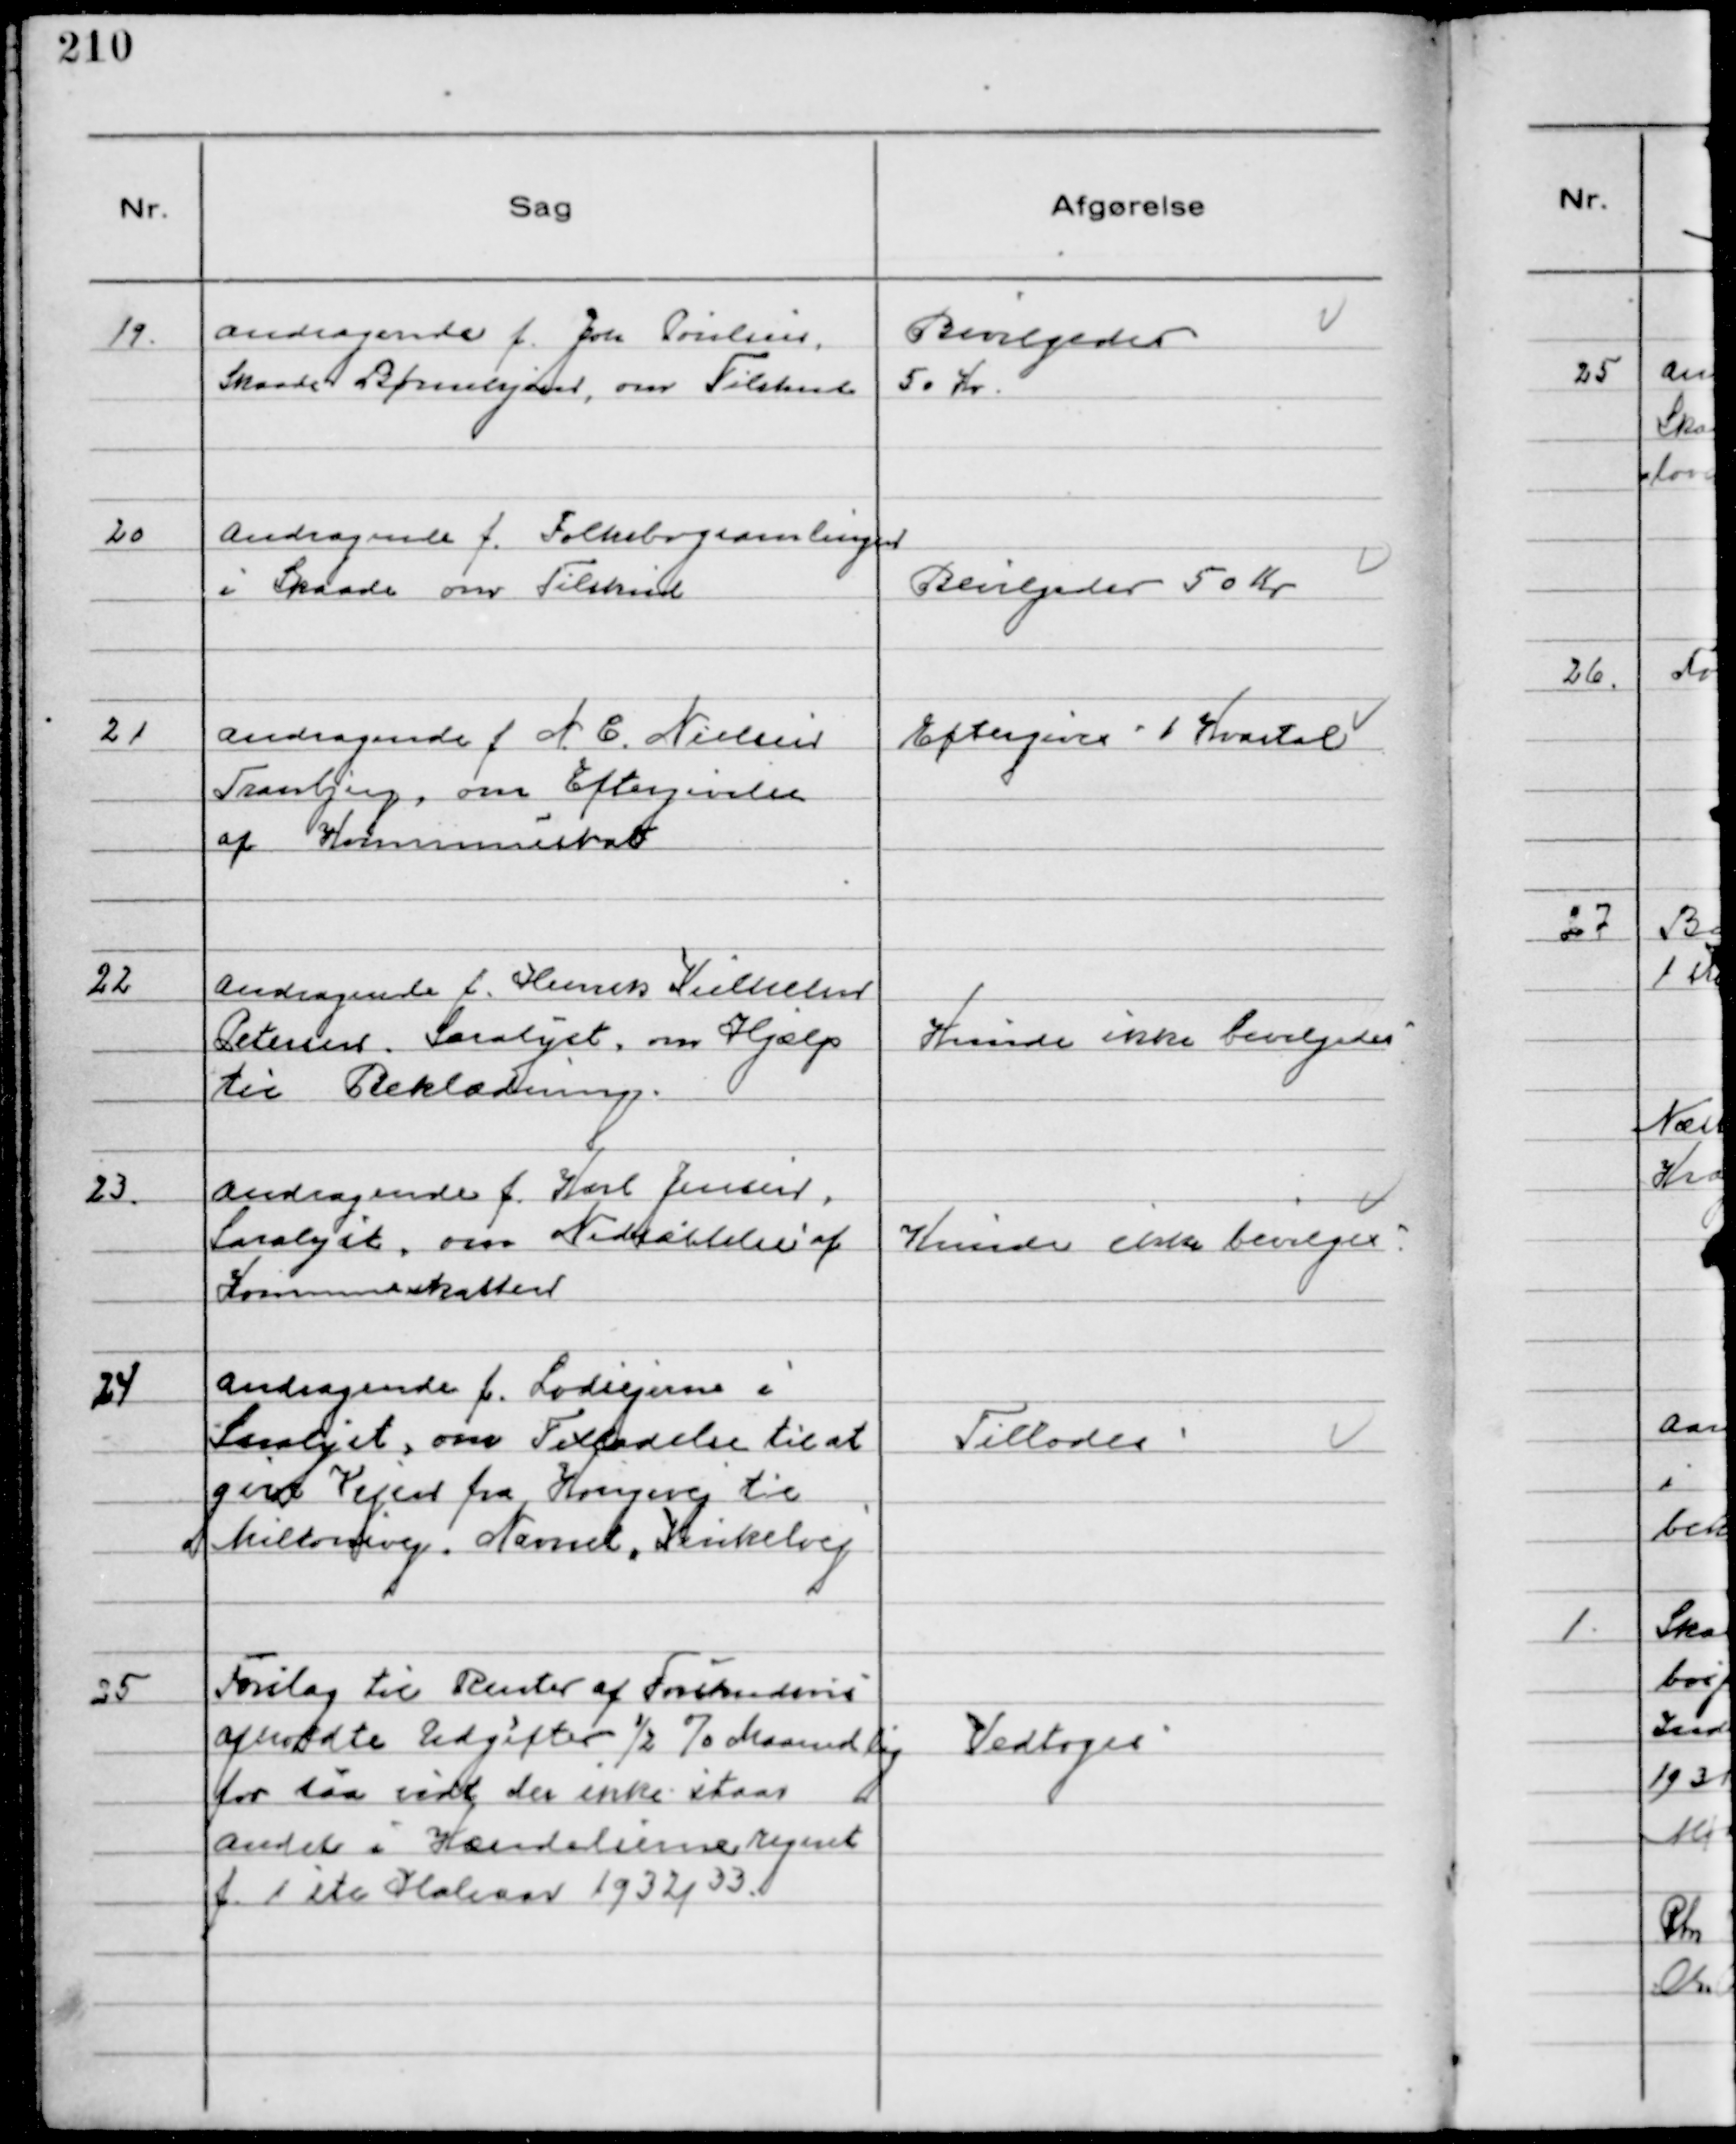
Transskription:
19.
Andragende f. Joh Poulsen
Skaade Børnehjem , om Tilskud

Bevilgedes 
50 Kr.

20
Andragende f. Folkebogsamlingen
i Skaade om Tilskud

Bevilgedes 50 Kr

21
Andragende f. N. E. Nielsen
Tranbjerg, om Eftergivelse
af Kommuneskat

Eftergives 1 Kvartal

22
Andragende f. Henrik Vilhelm
Petersen. Saralyst. om Hjælp
til Beklædning.

Kunde ikke Bevilgedes

23.
Andragende f. Karl Jensen,
Saralyst, om Nedsættelse af
Kommuneskatten

Kunde ikke bevilges

24
Andragende f. Lodsejerne i
Saralyst, om Tilladelse til at
give Vejen fra Kongevej til
Miltonsvej, Navnet, Vinkelvej

Tillodes

25
Forslag til Renter af Forskudsvis
afholdte Udgifter 1/2 % Maanedlig
for saa vidt der ikke staar
andet i Hændelserne regnet
f. 1 ste Halvaar 1932/33.

Vedtoges